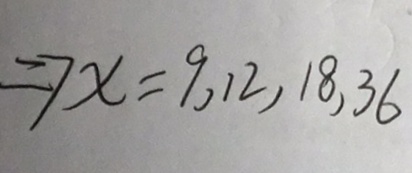
\Rightarrow x = 9 , 1 2 , 1 8 , 3 6